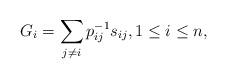
LaTeX: \begin{gather*} G_i= \sum_{j \not= i} p_{ij}^{-1} s_{ij}, 1 \le i \le n,\end{gather*}